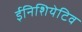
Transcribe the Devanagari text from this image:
ईनिशियेटिव